Annual report on the working of the lock hospitals in the North-Western Provinces and Oudh
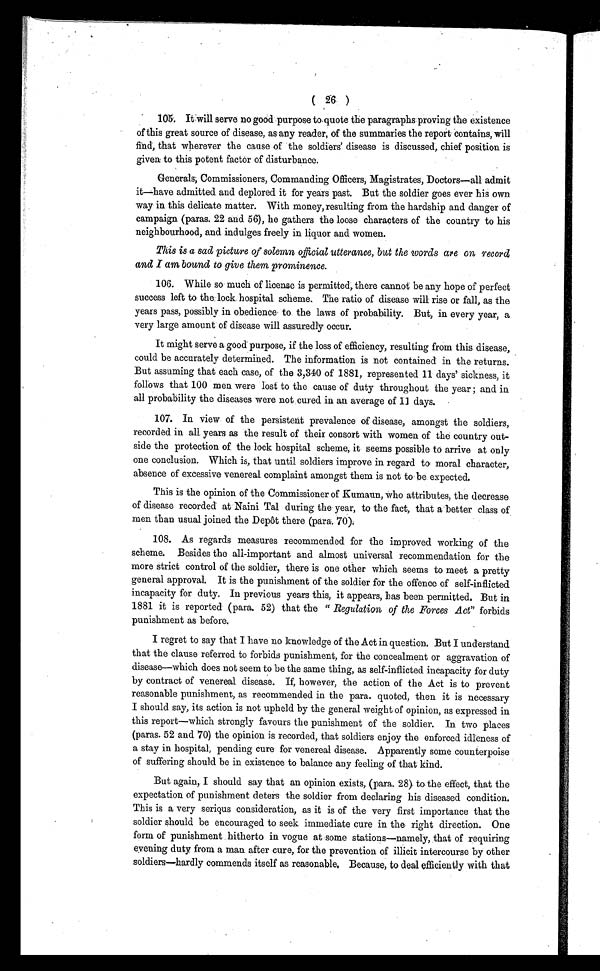
( 26 )
105. It will serve no good purpose taquote the paragraphs proving the existence
of this great source of disease, as any reader, of the summaries the report contains, will
find, that wherever the cause of the soldiers' disease is discussed, chief position is
given to this potent factor of disturbance.
Generals, Commissioners, Commanding Officers, Magistrates, Doctors—all admit
ithave admitted and deplored it for years past. But the soldier goes ever his own
way in this delicate matter. With money, resulting from the hardship and danger of
campaign (paras. 22 and 56), he gathers the loose characters of the country to his
neighbourhood, and indulges freely in liquor and women.
This is a sad picture of solemn official utterance, but the words are on record
and I am bound to give them prominence.
106. While so much of license is permitted, there cannot be any hope of perfect
success left to the lock hospital scheme. The ratio of disease will rise or fall, as the
years pass, possibly in obedience to the laws of probability. But, in every year, a
very large amount of disease will assuredly occur.
It might serve a good purpose, if the loss of efficiency, resulting from this disease,
could be accurately determined. The information is not contained in the returns.
But assuming that each case, of the 3,340 of 1881, represented 11 days' sickness, it
follows that 100 men were lost to the cause of duty throughout the year ; and in
all probability the diseases were not cured. in an average of 11 days.
107. In view of the persistent prevalence of disease, amongst the soldiers,
recorded in all, years as the result of their consort with women of the country out-
side the protection of the lock hospital scheme, it seems possible to arrive at only
one conclusion. Which is, that until soldiers improve in regard to moral character,
absence of excessive venereal complaint amongst them is not to be expected.
This is the opinion of the Commissioner of Kumaun, Who attributes, the decrease
of disease recorded at Naini Tal during the year, to the fact, that a better class of
men than usual joined the Depot there (para. 70).
108. As regards measures recommended for the improved working of the
scheme. Besides the all-important and almost universal recommendation for the
more strict control of the soldier, there is one other which seems to meet a pretty
general approval. It is the punishment of the soldier for the offence of self-inflicted
incapacity for duty. In previous years this, it appears, has been permitted. But in
1881 it is reported (para. 52) that the " Regulation of the Forces Act" forbids
punishment as before.
I regret to say that I have no knowledge of the Act in question. But I understand
that the clause referred to forbids punishment, for the concealment or aggravation of
disease—which does not seem to be the same thing, as self-inflicted incapacity for duty
by contract of venereal disease. If, however, the action of the Act is to prevent
reasonable punishment, as recommended in the para. quoted, then it is necessary
I should say, its action is not upheld by the general weight of opinion, as expressed in
this report—which strongly favours the punishment of the soldier. In two places
(paras. 52 and 70) the opinion is recorded, that soldiers enjoy the enforced idleness of
a stay in hospital, pending cure for venereal disease. Apparently some counterpoise
of suffering should be in existence to balance any feeling of that kind.
But again, I should say that an opinion exists, (para. 28) to the effect, that the
expectation of punishment deters the soldier from declaring his diseased condition.
This is a very serious consideration, as it is of the very first importance that the
soldier should be encouraged to seek immediate cure in the right direction. One
form of punishment hitherto in vogue at some stations—namely, that of requiring
evening duty from a man after cure, for the prevention of illicit intercourse by other
soldiers—hardly commends itself as reasonable. Because, to deal efficiently with that